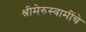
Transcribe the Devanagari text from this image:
श्रीमेरुस्वामींचे